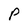
Character: p